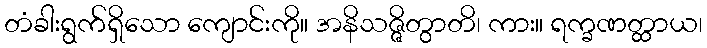
တံခါးရွက်ရှိသော ကျောင်းကို။ အနိသဇ္ဇိတွာတိ၊ ကား။ ရက္ခဏတ္ထာယ၊